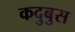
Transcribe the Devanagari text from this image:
कदुबुस